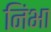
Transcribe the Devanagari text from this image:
निंभा